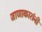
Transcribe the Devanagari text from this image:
जाणाकारांनी